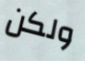
ولكن